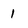
Character: 1